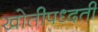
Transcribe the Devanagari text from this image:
खोतीपध्दती